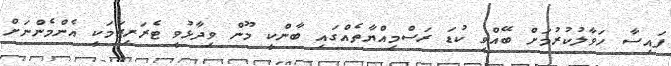
ފައިސާ ހަވާލުކުރުމަށް ބޭއްވި ކުޑަ ރަސްމިއްޔާތެއްގައި ބާންކީ މޫން ވިދާޅުވީ ޓެރަރިޒަމަކީ އެންމެންނަށް